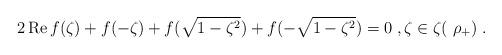
LaTeX: \begin{align*}2\operatorname{Re} f(\zeta)+f(-\zeta)+f(\sqrt{1-\zeta^2})+f(-\sqrt{1-\zeta^2})=0\;,\zeta\in\zeta(\ \rho_+)\;.\end{align*}